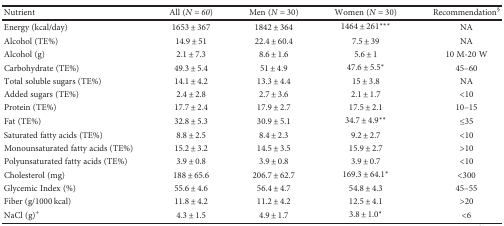
| Nutrient | All (N = 60) | Men (N = 30) | Women (N = 30) | Recommendation§ |
 | --- | --- | --- | --- | --- |
 | Energy (kcal/day) | 1653 ± 367 | 1842 ± 364 | 1464 ± 261∗∗∗ | NA |
 | Alcohol (TE%) | 14.9 ± 51 | 22.4 ± 60.4 | 7.5 ± 39 | NA |
 | Alcohol (g) | 2.1 ± 7.3 | 8.6 ± 1.6 | 5.6 ± 1 | 10 M-20 W |
 | Carbohydrate (TE%) | 49.3 ± 5.4 | 51 ± 4.9 | 47.6 ± 5.5∗ | 45–60 |
 | Total soluble sugars (TE%) | 14.1 ± 4.2 | 13.3 ± 4.4 | 15 ± 3.8 | NA |
 | Added sugars (TE%) | 2.4 ± 2.8 | 2.7 ± 3.6 | 2.1 ± 1.7 | <10 |
 | Protein (TE%) | 17.7 ± 2.4 | 17.9 ± 2.7 | 17.5 ± 2.1 | 10–15 |
 | Fat (TE%) | 32.8 ± 5.3 | 30.9 ± 5.1 | 34.7 ± 4.9∗∗ | ≤35 |
 | Saturated fatty acids (TE%) | 8.8 ± 2.5 | 8.4 ± 2.3 | 9.2 ± 2.7 | <10 |
 | Monounsaturated fatty acids (TE%) | 15.2 ± 3.2 | 14.5 ± 3.5 | 15.9 ± 2.7 | >10 |
 | Polyunsaturated fatty acids (TE%) | 3.9 ± 0.8 | 3.9 ± 0.8 | 3.9 ± 0.7 | <10 |
 | Cholesterol (mg) | 188 ± 65.6 | 206.7 ± 62.7 | 169.3 ± 64.1∗ | <300 |
 | Glycemic Index (%) | 55.6 ± 4.6 | 56.4 ± 4.7 | 54.8 ± 4.3 | 45–55 |
 | Fiber (g/1000 kcal) | 11.8 ± 4.2 | 11.2 ± 4.2 | 12.5 ± 4.1 | >20 |
 | NaCl (g)+ | 4.3 ± 1.5 | 4.9 ± 1.7 | 3.8 ± 1.0∗ | <6 |